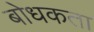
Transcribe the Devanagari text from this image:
बोधकता